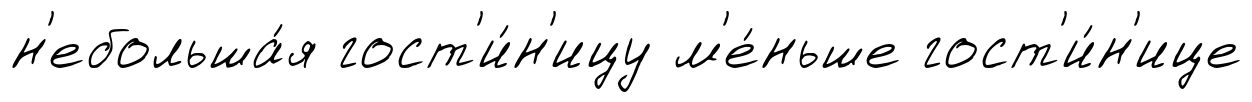
н'ебольша́я гост'и́н'ицу м'е́ньше гост'и́н'ице